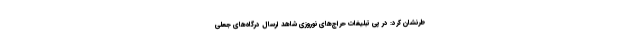
طرنشان کرد: در پی تبلیغات حراج‌های نوروزی شاهد ارسال درگاه‌های جعلی